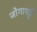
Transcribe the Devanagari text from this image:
जोगापट्टी